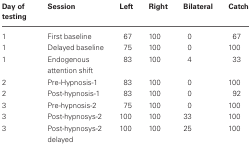
<table><thead><tr><td><b>Day of testing</b></td><td><b>Session</b></td><td><b>Left</b></td><td><b>Right</b></td><td><b>Bilateral</b></td><td><b>Catch</b></td></tr></thead><tbody><tr><td>1</td><td>First baseline</td><td>67</td><td>100</td><td>0</td><td>67</td></tr><tr><td>1</td><td>Delayed baseline</td><td>75</td><td>100</td><td>0</td><td>100</td></tr><tr><td>1</td><td>Endogenous attention shift</td><td>83</td><td>100</td><td>4</td><td>33</td></tr><tr><td>2</td><td>Pre-Hypnosis-1</td><td>83</td><td>100</td><td>0</td><td>100</td></tr><tr><td>2</td><td>Post-hypnosis-1</td><td>83</td><td>100</td><td>0</td><td>92</td></tr><tr><td>3</td><td>Pre-hypnosis-2</td><td>75</td><td>100</td><td>0</td><td>100</td></tr><tr><td>3</td><td>Post-hypnosys-2</td><td>100</td><td>100</td><td>33</td><td>100</td></tr><tr><td>3</td><td>Post-hypnosys-2 delayed</td><td>100</td><td>100</td><td>25</td><td>100</td></tr></tbody></table>